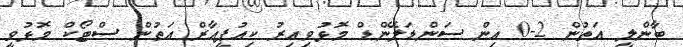
ބާންލީ އަތުން 2-0 އިން ސަންޑަލޭންޑް މޮޅުވިއިރު ކިއުޕީއާރް އަތުން ސްޓޯކް މޮޅުވީ